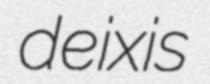
deixis